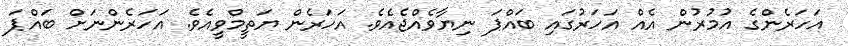
އަހަރެންގެ އުމުރުން އެއް އަހަރުގައި ބައްޕަ ނިޔާވެއްޖެއެވެ. އަހަރެން ޔަތީމްވީއެވެ. އަހަރެންނަށް ބައްޕަ